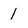
Character: 1